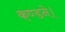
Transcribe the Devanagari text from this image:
कण्डने।